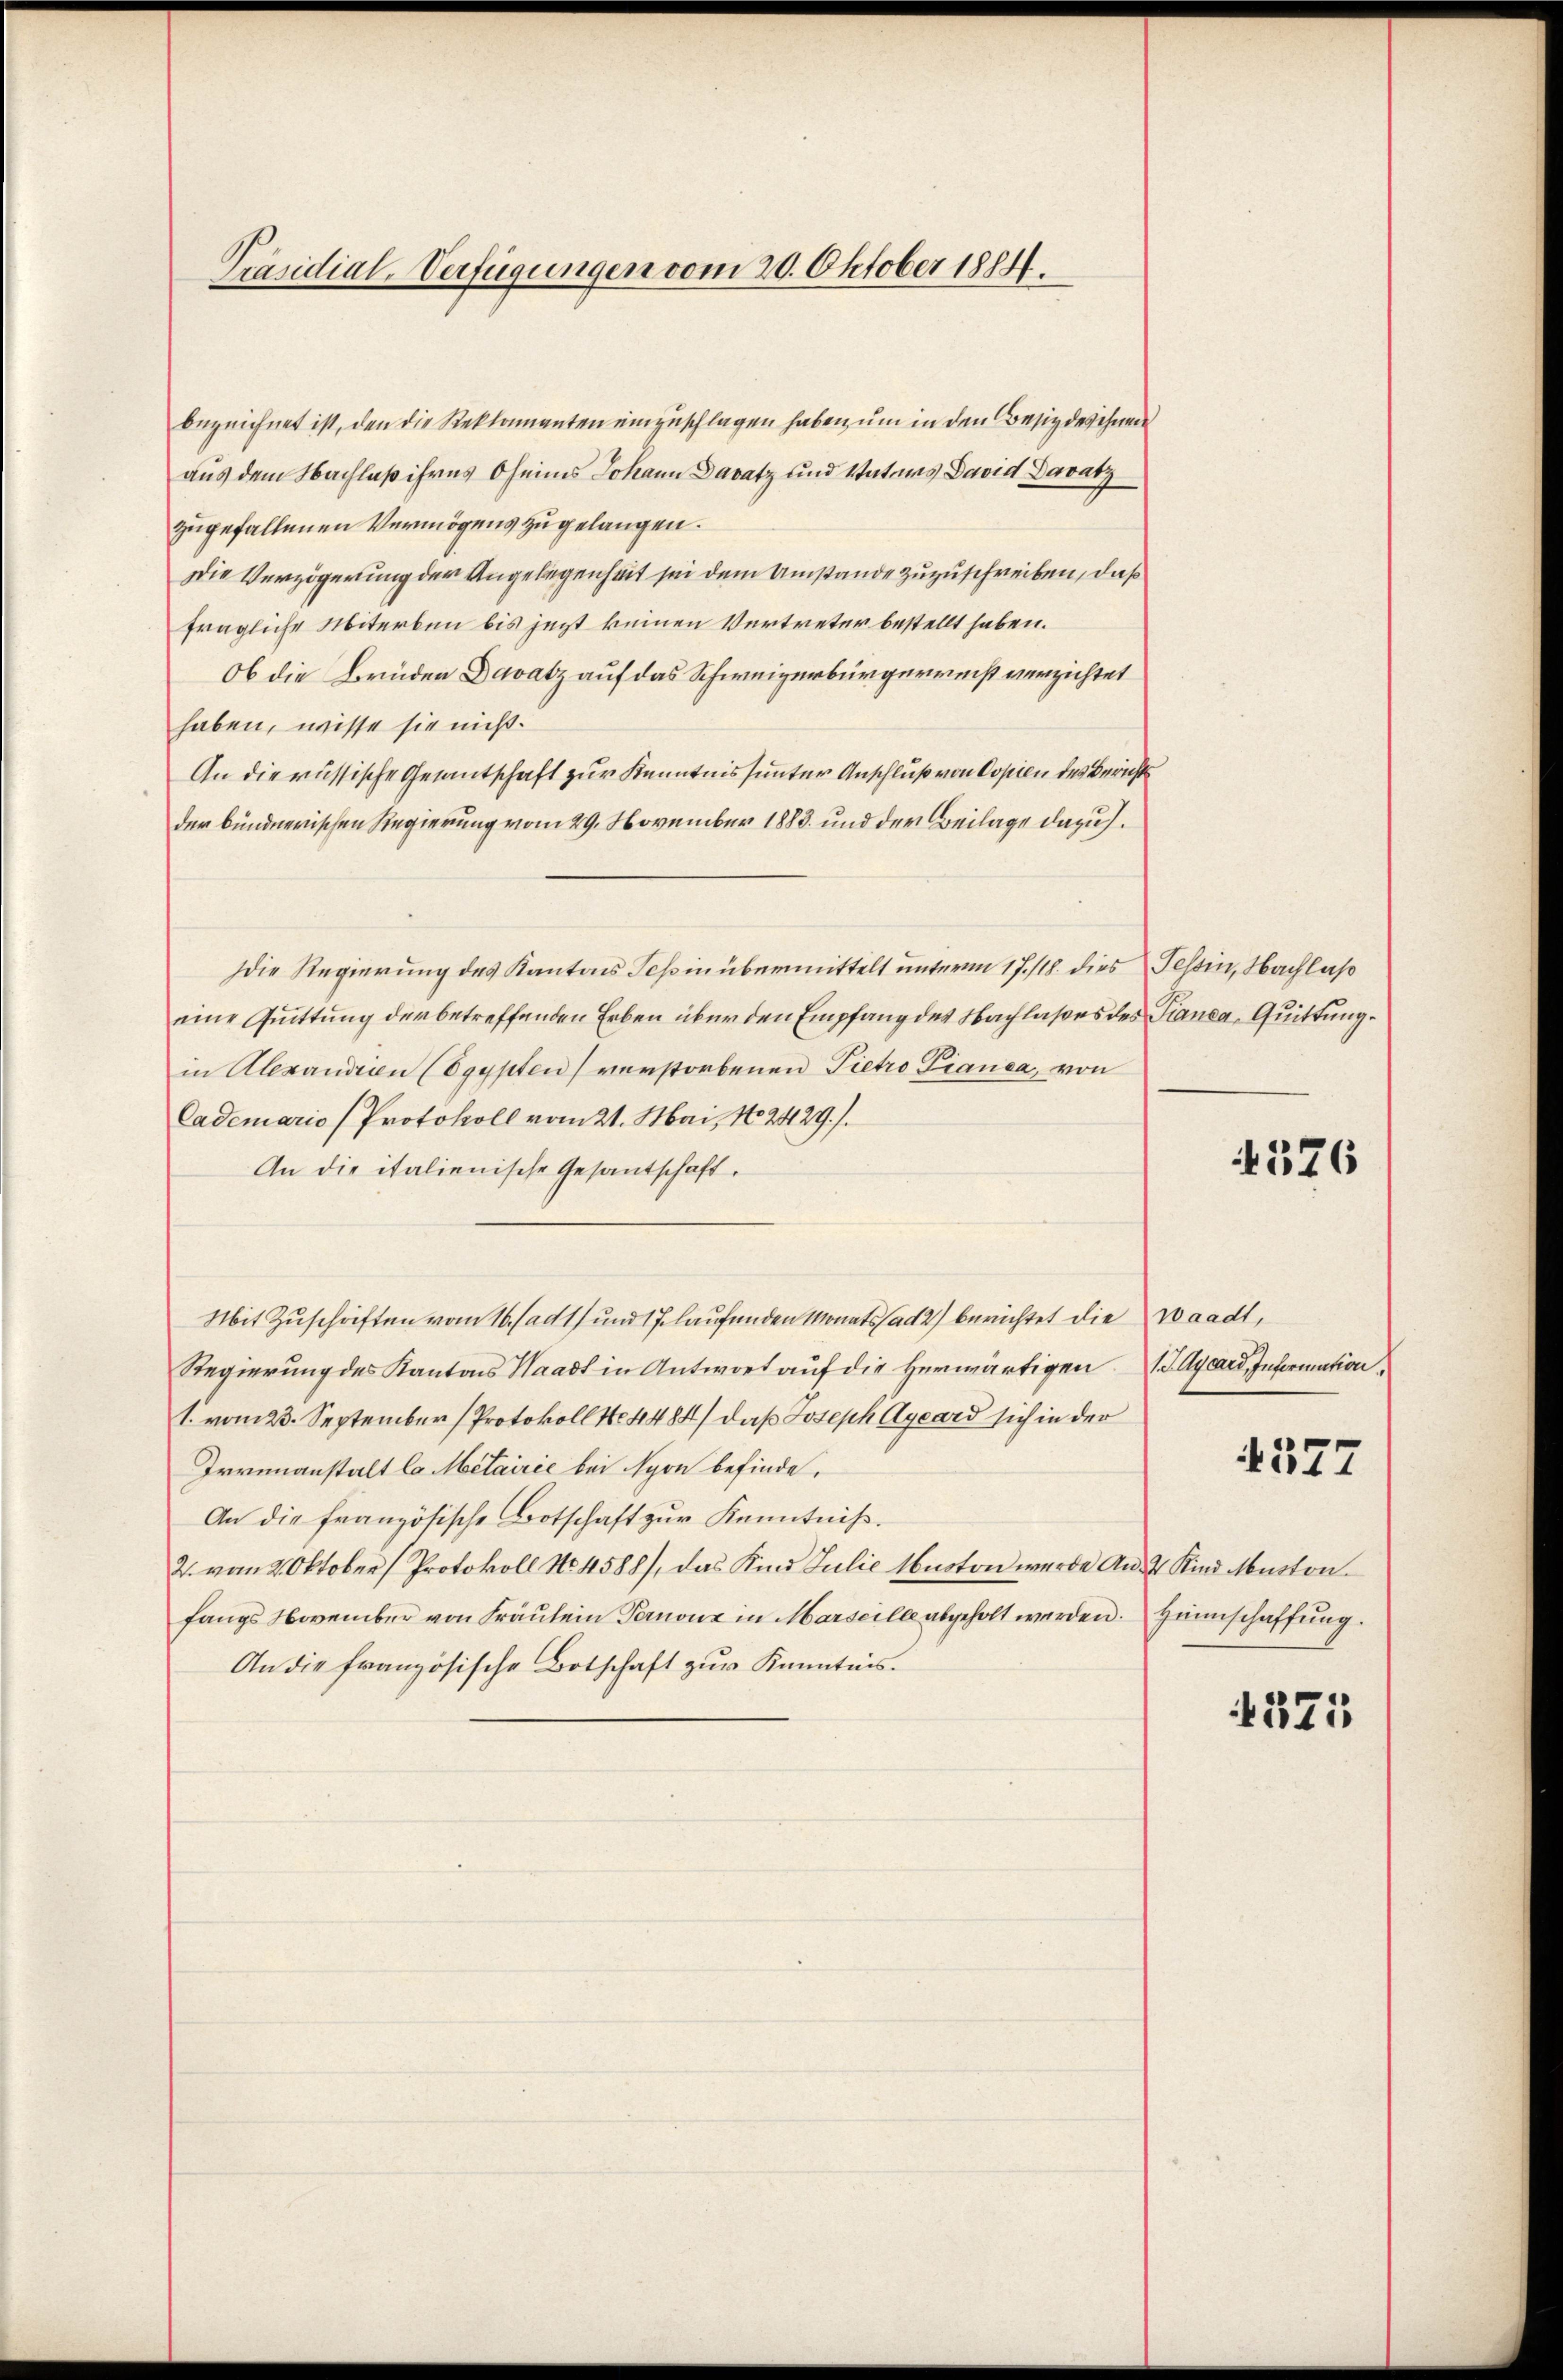
Präsidial-Verfügungen vom 20. Oktober 1884.

bezeichnet ist, den die Reklamanten einzuschlagen haben, um in den Besiedeschnen
aus dem Nachlaß ihres Oheims Johann Daratz und Vaters David Davatz
zugefallenen Vermögens zu gelangen.
Die Verzögerung der Angelegenheit sei dem Umstände zuzuschreiben, daß
fragliche Miterken bis jezt keinen Vertreter bestellt haben.
Ob die Bruden Davatz auf das Schweizerbürgerreist verzichtet
haben, wisse sie nicht.
An die russische Gesantschaft zur Kenntnis sunter Anschluß von Copien des Berichts
der bündnerischen Regierung vom 29. November 1883 und der Beilage dazu.
Die Regierung des Kantons Teßin übermittelt unterm 17./18. dies Tessin, Nachlaß
eine Quittung der betreffenden Erben über den Empfang des Nachlasses des Pianca, Quittungin Alexandien (Egypten verstorbenen Pietro Pianca, von
Cademario (Protokoll vom 21. Mai, No. 2429./
An die italienische Gesantschaft.
Mit Zuschriften vom 16. (ad 1) und 17 laufenden Monatsfad 2) berichtet die Waadt,
Regierung des Kantons Waadt in Antwort auf die herwärtigen 1. Ilycard, Information
1. vom 23. September (Protokoll No 4484) daß Joseph Ayeard sich in der
Irrunanstalt la Metairie bei Syon befinde.
An die französische Botschaft zur Kenntniß.
2. vom 2. Oktober (Protokoll No 4588), das Kind Julie Monoton werde an 4 Kind Muston
fangs November von Fräulein Pernone in Marseille abgeholt werden. Heimschaffung
An die französische Botschaft zur Kenntnis.

576

377

1375